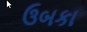
ઉબકા